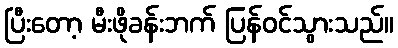
ပြီးတော့ မီးဖိုခန်းဘက် ပြန်ဝင်သွားသည်။